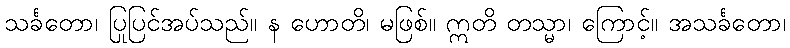
သင်္ခတော၊ ပြုပြင်အပ်သည်။ န ဟောတိ၊ မဖြစ်။ ဣတိ တသ္မာ၊ ကြောင့်။ အသင်္ခတော၊